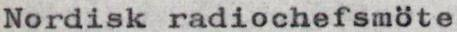
Nordisk radiochefsmöte